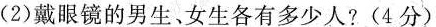
(2)戴眼镜的男生。女生各有多少人?(4分)